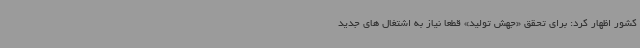
کشور اظهار کرد: برای تحقق «جهش تولید» قطعا نیاز به اشتغال های جدید